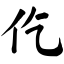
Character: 仡